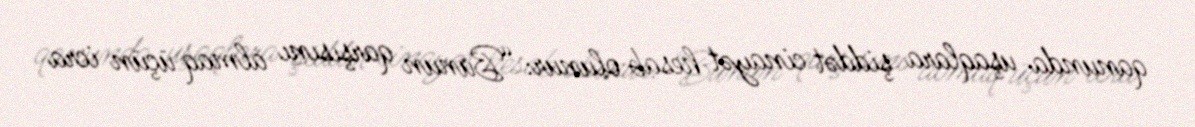
qanunda uşaqlara şiddət cinayət hesab olunur: “Bunun qarşısını almaq üçün icra